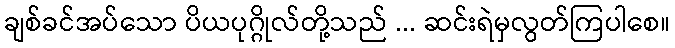
ချစ်ခင်အပ်သော ပိယပုဂ္ဂိုလ်တို့သည် ... ဆင်းရဲမှလွတ်ကြပါစေ။